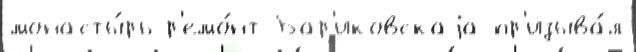
монасты́рь р'емо́нт Бар'иковскаjа пр'изыва́л